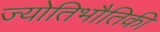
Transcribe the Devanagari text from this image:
ज्योतिभौतिकी